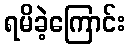
ရမိခဲ့ကြောင်း